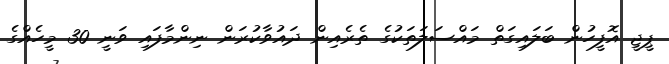
ޕީޖީ އޮފީހުން ބަލައިގަތް މައްސަލަތަކުގެ ތެރެއިން ދައުވާކުރަން ނިންމާފައި ވަނީ 30 މީހެއްގެ